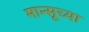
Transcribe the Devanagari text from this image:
मान्सूच्या